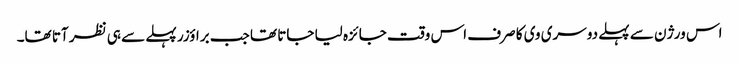
اس ورژن سے پہلے دوسری وی کا صرف اس وقت جائزہ لیا جاتا تھا جب براؤزر پہلے سے ہی نظر آتا تھا۔